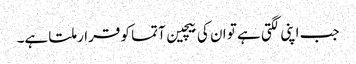
جب اپنی لگتی ہے تو ان کی بیچین آتما کو قرار ملتا ہے۔